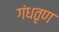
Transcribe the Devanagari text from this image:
गंधतृण